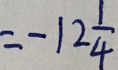
= - 1 2 \frac { 1 } { 4 }